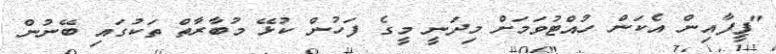
"ފީފާއިން އެކަން ހުއްޓުވަމަށް މިދަނީ މީގެ ފަހުން ކުޅޭ މުބާރާތް ތަކުގައި ބޭނުން